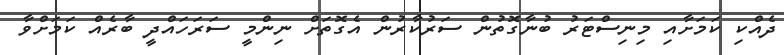
ދެއްކި ކަމަށާއި މިނިސްޓަރު ބުނާގޮތުން ސަރުކާރުން އެގޮތަށް ނިންމީ ސަރަހައްދީ ބާރެއް ކަމަށްވާ